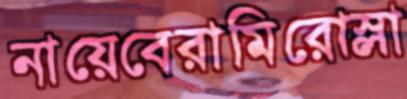
নায়েবেরামিরোস্লা